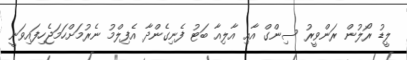
ލީޑު ރޯލުން ރަންވީރު ސިންގް އާއި އާލިއާ ބަޓު ފެނިގެންދާ އެފިލްމު ނެރުމަށްހަމަޖެހިފައިވަނީ